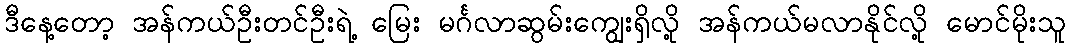
ဒီနေ့တော့ အန်ကယ်ဦးတင်ဦးရဲ့ မြေး မင်္ဂလာဆွမ်းကျွေးရှိလို့ အန်ကယ်မလာနိုင်လို့ မောင်မိုးသူ